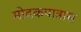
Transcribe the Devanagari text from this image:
मोदकपात्रास